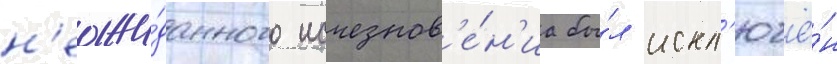
н'еожи́данного исчезнов'е́н'иа бы́л искл'ючё́н